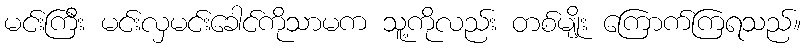
မင်းကြီး မင်းလှမင်းခေါင်ကိုသာမက သူ့ကိုလည်း တစ်မျိုး ကြောက်ကြရသည်။